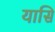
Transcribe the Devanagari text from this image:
यासि